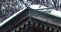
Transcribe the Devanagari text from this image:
पंचनाम